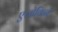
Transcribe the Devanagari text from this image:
एलोकिने